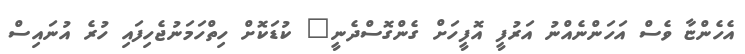
އެހެންޏާ ވެސް އަހަންނެއްނު އަރުފީ އޮފީހަށް ގެންގޮސްދެނީ" ކުޑަކޮށް ހިތްހަމަނުޖެހިފައި ހުރެ އުނައިސް